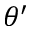
\theta ^ { \prime }